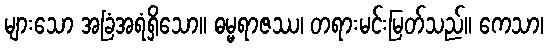
များသော အခြံအရံရှိသော။ ဓမ္မရာဇဿ၊ တရားမင်းမြတ်သည်။ ကေသာ၊